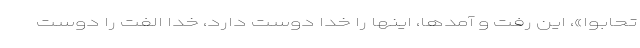
تَحابُّوا»، این رفت و آمدها، اینها را خدا دوست دارد، خدا الفت را دوست